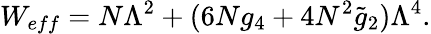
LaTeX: W_{eff}=N\Lambda^{2}+(6Ng_{4}+4N^{2}\widetilde{g}_{2})\Lambda^{4}.